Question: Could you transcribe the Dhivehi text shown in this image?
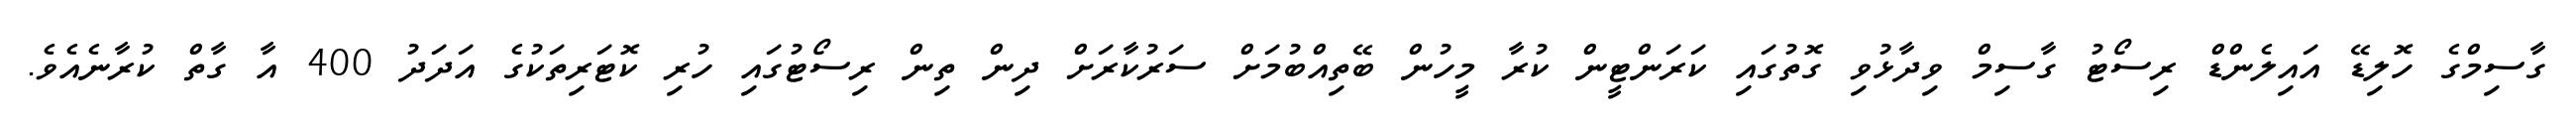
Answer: ގާސިމްގެ ހޮލިޑޭ އައިލެންޑް ރިސޯޓު ގާސިމް ވިދާޅުވި ގޮތުގައި ކަރަންޓީން ކުރާ މީހުން ބޭތިއްބުމަށް ސަރުކާރަށް ދިން ތިން ރިސޯޓުގައި ހުރި ކޮޓަރިތަކުގެ އަދަދު 400 އާ ގާތް ކުރާނެއެވެ.